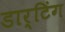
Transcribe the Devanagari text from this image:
डार्टिंग